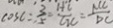
\cos C = \frac { 3 } { 5 } = \frac { H C } { G C } = \frac { M C } { D C }